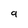
Character: g